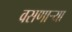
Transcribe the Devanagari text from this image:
वसणार्‍या